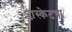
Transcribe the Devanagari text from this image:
प्लास्केटचा